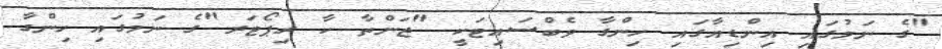
"ގެ ނަމުގައި އިންޑިއާގައި ހިންގާ ވެބްސައިޓަކީ "ޖަންތާ ކާ ރިޕޯޓަރ"ގެ ނަމުގައި ހިންގާ